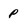
Character: p